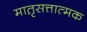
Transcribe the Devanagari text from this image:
मात़ृसत्तात्मक